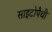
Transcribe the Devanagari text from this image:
साइटोपैथी